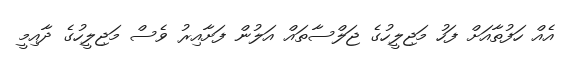
އެއް ހަފުތާއަށް ފަހު މަޖިލީހުގެ ޖަލްސާތައް އަލުން ފަށާއިރު ވެސް މަޖިލީހުގެ ދާއިމީ